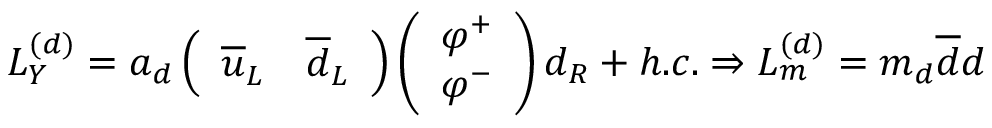
L _ { Y } ^ { ( d ) } = a _ { d } \left( \begin{array} { c c } { { \overline { { { u } } } _ { L } } } & { { \overline { { { d } } } _ { L } } } \end{array} \right) \left( \begin{array} { c } { { \varphi ^ { + } } } \\ { { \varphi ^ { - } } } \end{array} \right) d _ { R } + h . c . \Rightarrow L _ { m } ^ { ( d ) } = m _ { d } \overline { { { d } } } d